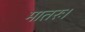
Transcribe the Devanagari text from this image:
मातरः।